Problem: 46 + 28 = ?
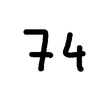
Handwritten answer: 74